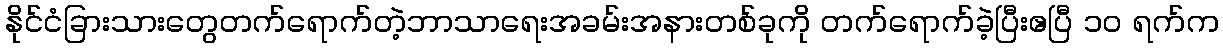
နိုင်ငံခြားသားတွေတက်ရောက်တဲ့ဘာသာရေးအခမ်းအနားတစ်ခုကို တက်ရောက်ခဲ့ပြီးဧပြီ ၁၀ ရက်က